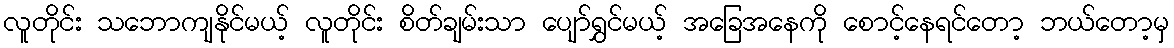
လူတိုင်း သဘောကျနိုင်မယ့် လူတိုင်း စိတ်ချမ်းသာ ပျော်ရွှင်မယ့် အခြေအနေကို စောင့်နေရင်တော့ ဘယ်တော့မှ